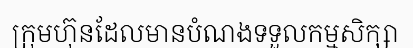
ក្រុមហ៊ុនដែលមានបំណងទទួលកម្មសិក្សា